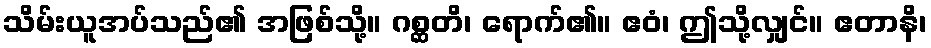
သိမ်းယူအပ်သည်၏ အဖြစ်သို့။ ဂစ္ဆတိ၊ ရောက်၏။ ဧဝံ၊ ဤသို့လျှင်။ ဧတာနိ၊